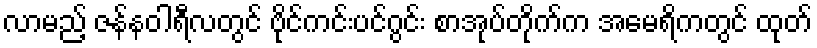
လာမည့် ဇန်နဝါရီလတွင် ဗိုင်ကင်းပင်ဂွင်း စာအုပ်တိုက်က အမေရိကတွင် ထုတ်